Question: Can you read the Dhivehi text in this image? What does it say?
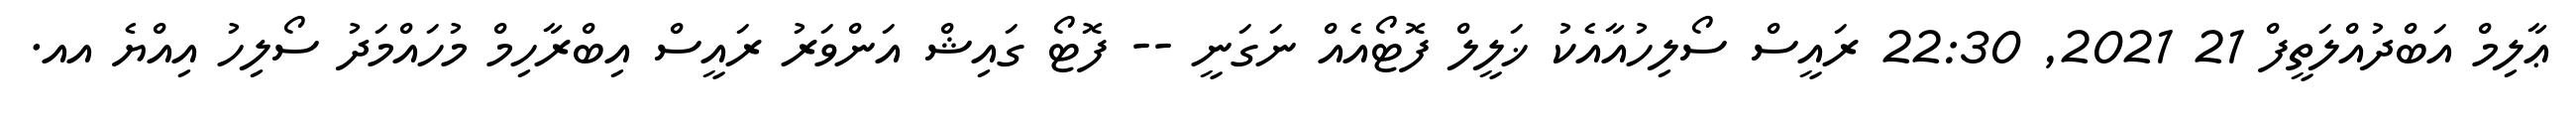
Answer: ޢާލިމް އަބްދުއްލަތީފް 21 2021, 22:30 ރައީސް ސޯލިހުއާއެކު ޚަލީލް ފޮޓޯއެއް ނަގަނީ -- ފޮޓޯ ގައިޝް އަންވަރު ރައީސް އިބްރާހިމް މުހައްމަދު ސޯލިހު އިއްޔެ އއ.